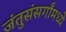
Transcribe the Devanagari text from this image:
जंतुसंसर्गांमध्ये